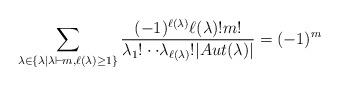
LaTeX: \begin{align*}\sum_{\lambda\in\{\lambda|\lambda\vdash m, \ell(\lambda)\geq 1\}}\frac{(-1)^{\ell(\lambda)}\ell(\lambda)!m!}{\lambda_{1}!\cdot\cdot\lambda_{\ell(\lambda)}!|Aut(\lambda)|}=(-1)^m\end{align*}